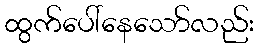
ထွက်ပေါ်နေသော်လည်း